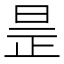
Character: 𣆞